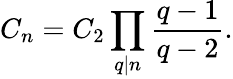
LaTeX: C_{n}=C_{2}\prod_{q|n}{\frac{q-1}{q-2}}.